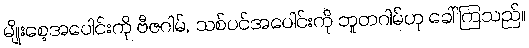
မျိုးစေ့အပေါင်းကို ဗီဇဂါမ်, သစ်ပင်အပေါင်းကို ဘူတဂါမ်ဟု ခေါ်ကြသည်။